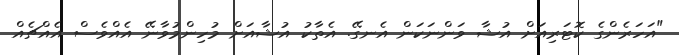
"އަހަރެންގެ ކޮޓަރިއަށް އުޝާ ވަންނަކަން އެނގޭ. އެތާކު އުޝާއަށް މުހިންމުވާނޭ އެއްވެސް އެއްޗެއް